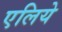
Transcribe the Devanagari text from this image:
एलिये